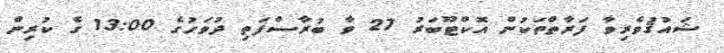
ޝައުޤުވެރިވާ ފަރާތްތަކުން އޮކްޓޫބަރު 27 ވާ ބުރާސްފަތި ދުވަހުގެ 13:00 ގެ ކުރިން